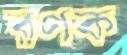
রণক